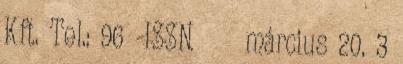
Kft. Tel.: 96 ISSN március 20. 3